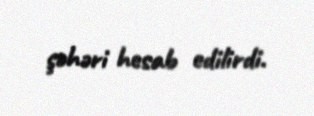
şəhəri hesab edilirdi.